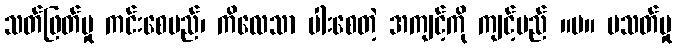
သတ်ဖြတ်မှု ကင်းစေမည်၊ ကိလေသာ ပါးစေတဲ့ အကျင့်ကို ကျင့်မည် ။ပ။ မသတ်မှု